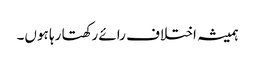
ہمیشہ اختلاف رائے رکھتا رہا ہوں۔